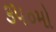
૩૫૦મો